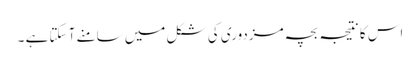
اس کا نتیجہ بچہ مزدوری کی شکل میں سامنے آ سکتا ہے ۔